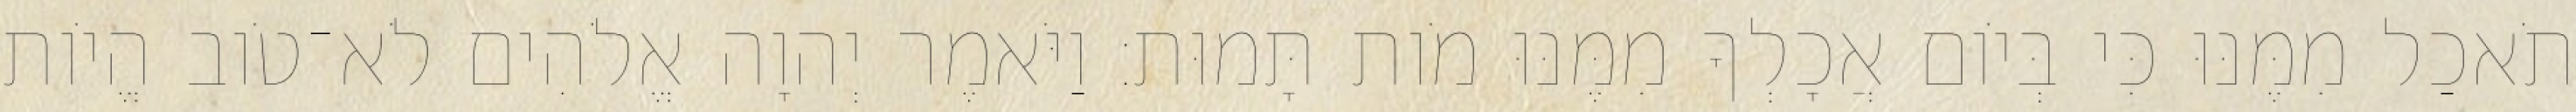
תֹאכַל מִמֶּנּוּ כִּי בְּיֹום אֲכָלְךָ מִמֶּנּוּ מֹות תָּמוּת׃ וַיֹּאמֶר יְהוָה אֱלֹהִים לֹא־טֹוב הֱיֹות